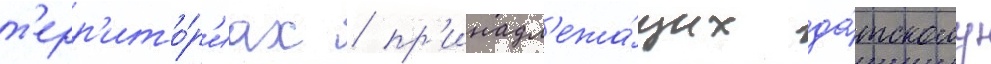
т'ерр'ито́р'иах / пр'инадл'ежа́щих да́тскому